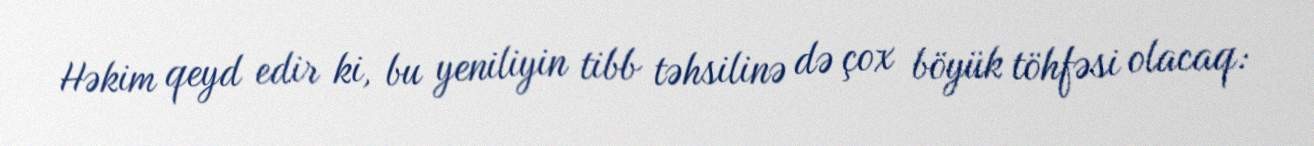
Həkim qeyd edir ki, bu yeniliyin tibb təhsilinə də çox böyük töhfəsi olacaq: